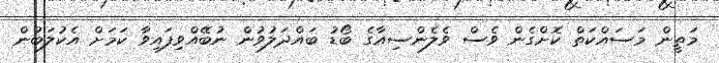
މަތީން މަސައްކަތް ކޮށްގެން ވެސް ވެލެންސިއާގެ ބޯޑު ބައްދަލުވުން ނުބޭއްވިފައިވާ ކަމަށް އެކުލަބުން